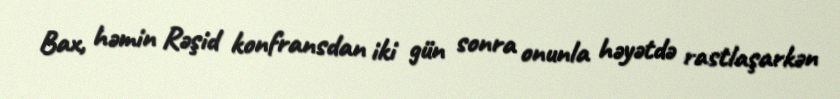
Bax, həmin Rəşid konfransdan iki gün sonra onunla həyətdə rastlaşarkən